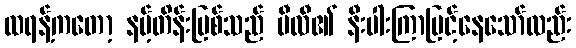
ထရန့်ကတော့ နမ့်တိန်းမြစ်သည် ပီလီ၏ နီးပါးကြာမြင့်နေသော်လည်း